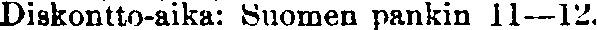
Diskontto-aika: Suomen pankin 11—12.